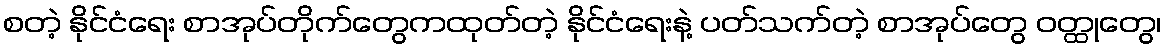
စတဲ့ နိုင်ငံရေး စာအုပ်တိုက်တွေကထုတ်တဲ့ နိုင်ငံရေးနဲ့ ပတ်သက်တဲ့ စာအုပ်တွေ ဝတ္ထုတွေ၊